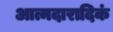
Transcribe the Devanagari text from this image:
आत्मदारादिकं